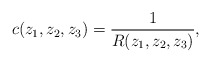
\begin{align*}c(z_1,z_2,z_3)=\frac{1}{R(z_1,z_2,z_3)},\end{align*}